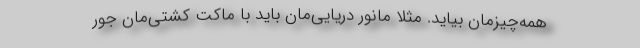
همه‌چیزمان بیاید. مثلاً مانور دریایی‌مان باید با ماکت کشتی‌مان جور